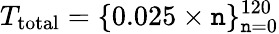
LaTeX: T_{\mathrm{total}}=\{ 0.025\times\mathtt{n}\} _{\mathtt{n}=0}^{120}